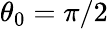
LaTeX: \theta_{0}=\pi/2